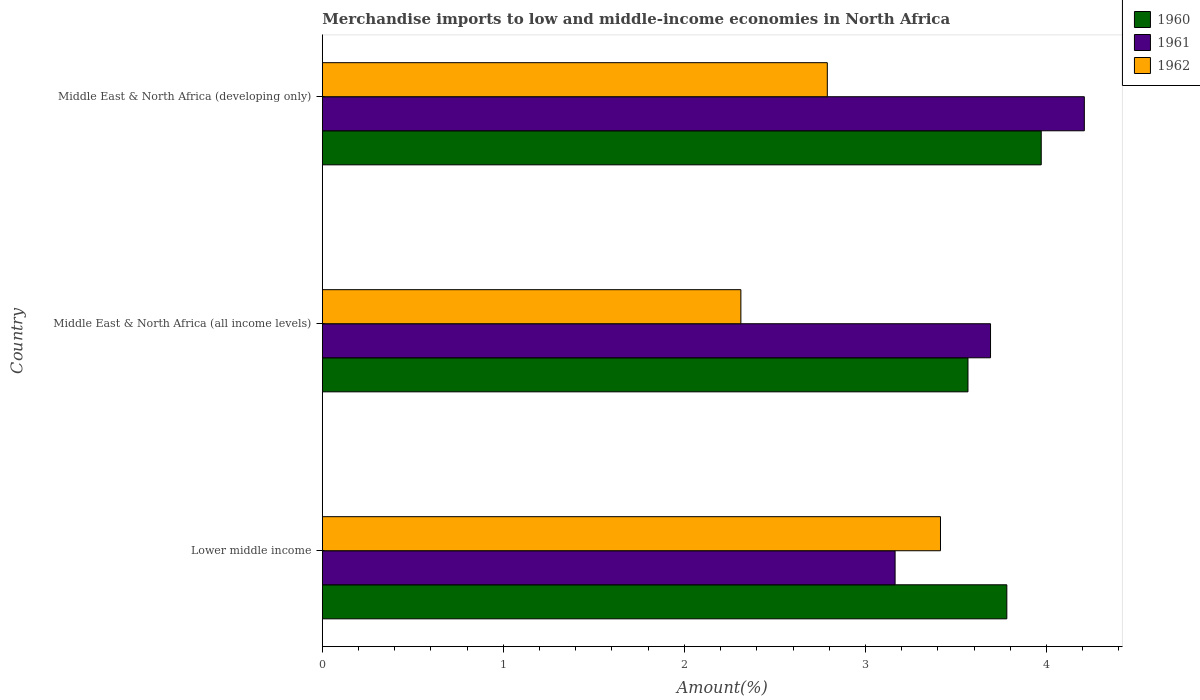
| Country | 1960 | 1961 | 1962 |
 | --- | --- | --- | --- |
 | Lower middle income | 3.78 | 3.16 | 3.41 |
 | Middle East & North Africa (all income levels) | 3.57 | 3.69 | 2.31 |
 | Middle East & North Africa (developing only) | 3.97 | 4.21 | 2.79 |